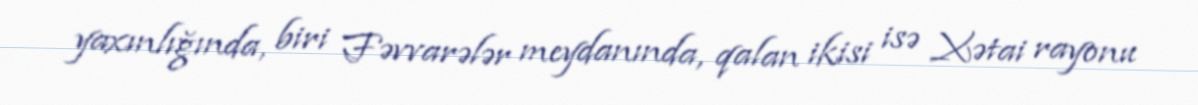
yaxınlığında, biri Fəvvarələr meydanında, qalan ikisi isə Xətai rayonu